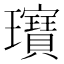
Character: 𤫖